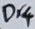
Text: Dr4